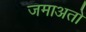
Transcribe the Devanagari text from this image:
जमाअतों